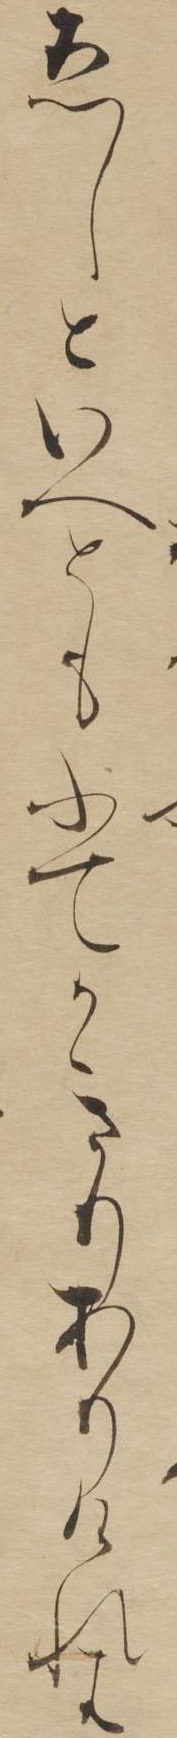
ゑしといへともふてかきりありけれは